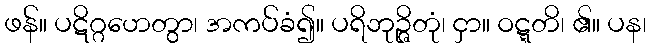
ဖန်။ ပဋိဂ္ဂဟေတွာ၊ အကပ်ခံ၍။ ပရိဘုဉ္ဇိတုံ၊ ငှာ။ ဝဋ္ဋတိ၊ ၏။ ပန၊